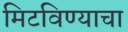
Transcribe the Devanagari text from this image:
मिटविण्याचा